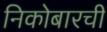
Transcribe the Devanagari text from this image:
निकोबारची